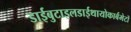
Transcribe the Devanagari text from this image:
डाईबुटाइलडाईथायोकार्बमेटों